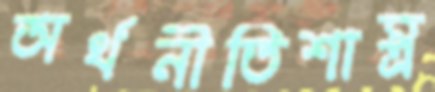
অর্থনীতিশাস্ত্র